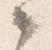
々